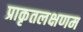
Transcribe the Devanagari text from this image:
प्राकृतलक्षणम